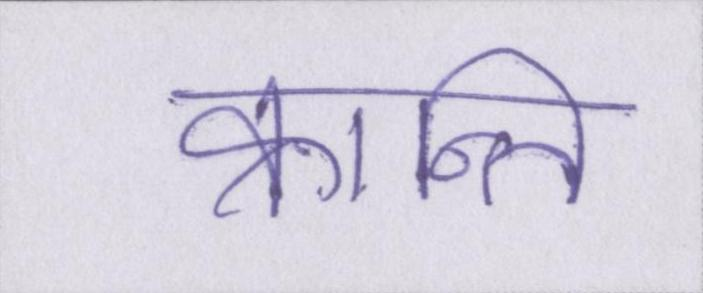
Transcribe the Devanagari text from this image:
क्रान्ति